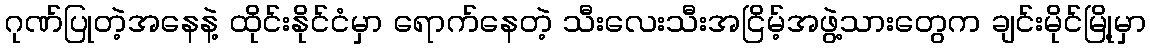
ဂုဏ်ပြုတဲ့အနေနဲ့ ထိုင်းနိုင်ငံမှာ ရောက်နေတဲ့ သီးလေးသီးအငြိမ့်အဖွဲ့သားတွေက ချင်းမိုင်မြို့မှာ